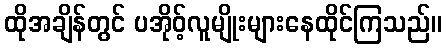
ထိုအချိန်တွင် ပအိုဝ့်လူမျိုးများနေထိုင်ကြသည်။